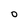
Character: O